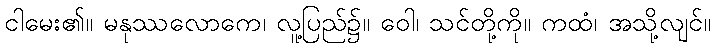
ငါမေး၏။ မနုဿလောကေ၊ လူ့ပြည်၌။ ဝေါ၊ သင်တို့ကို။ ကထံ၊ အသို့လျင်။